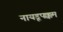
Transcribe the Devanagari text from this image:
नायडूपक्कम